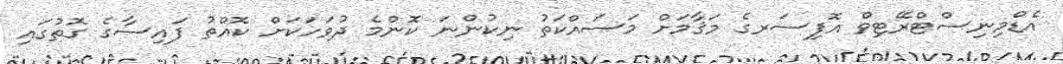
އެޑްމިނިސްޓްރޭޓިވް އޮފިސަރގެ މަޤާމަށް މަސައްކަތު ނިކުންނަ ކޮންމެ ދުވަހަކަށް ކޮއްތު ފައިސާގެ ގޮތުގައި